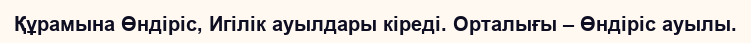
Құрамына Өндіріс, Игілік ауылдары кіреді. Орталығы – Өндіріс ауылы.